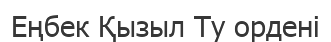
Еңбек Қызыл Ту ордені